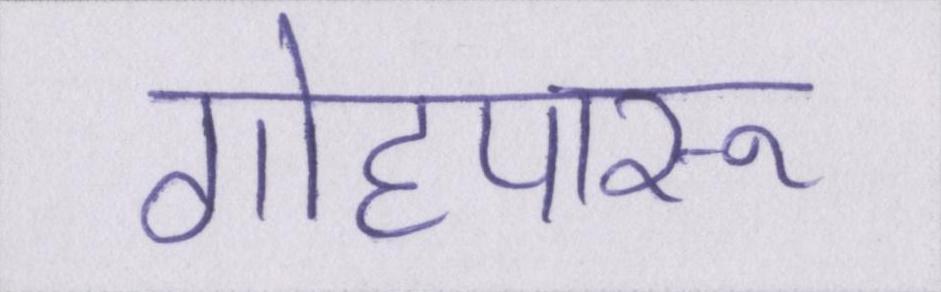
गोहपारू